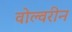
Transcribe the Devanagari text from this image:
वोल्वरीन